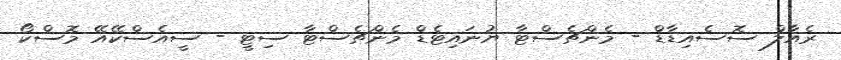
ރެއާލް ސޮސެއިޑާޑް - މެންޗެސްޓާ ޔުނައިޓެޑް މެންޗެސްޓާ ސިޓީ - ސީއެސްކޭއޭ މޮސްކޯ